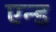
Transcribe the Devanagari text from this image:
एन्‍ड